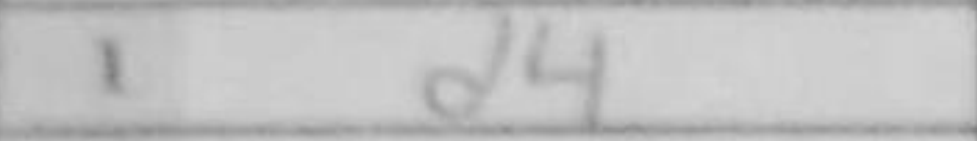
Transcription: d4